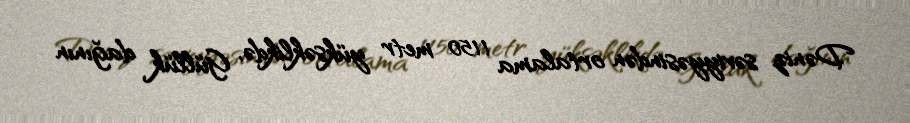
Dəniz səviyyəsindən ortalama 1150 metr yüksəklikdə, Güllük dağının